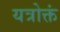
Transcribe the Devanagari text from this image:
यत्रोक्तं